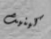
كينيث